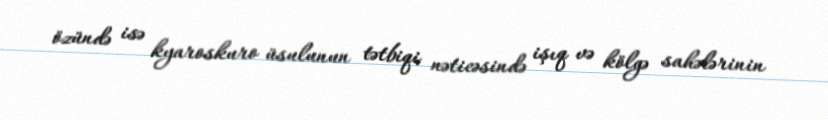
özündə isə kyaroskuro üsulunun tətbiqi nəticəsində işıq və kölgə sahələrinin